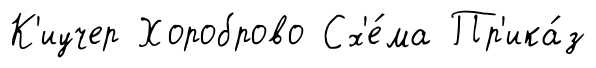
К'иучер Хороброво Сх'е́ма Пр'ика́з